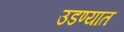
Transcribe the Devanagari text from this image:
उडण्यात